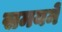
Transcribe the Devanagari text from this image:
समयमें